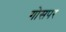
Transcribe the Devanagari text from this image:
गोसपर